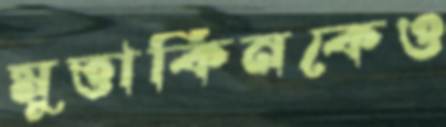
মুত্তাকিনকেও